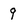
Character: 9